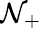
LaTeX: \mathcal{N}_{+}